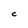
Character: C